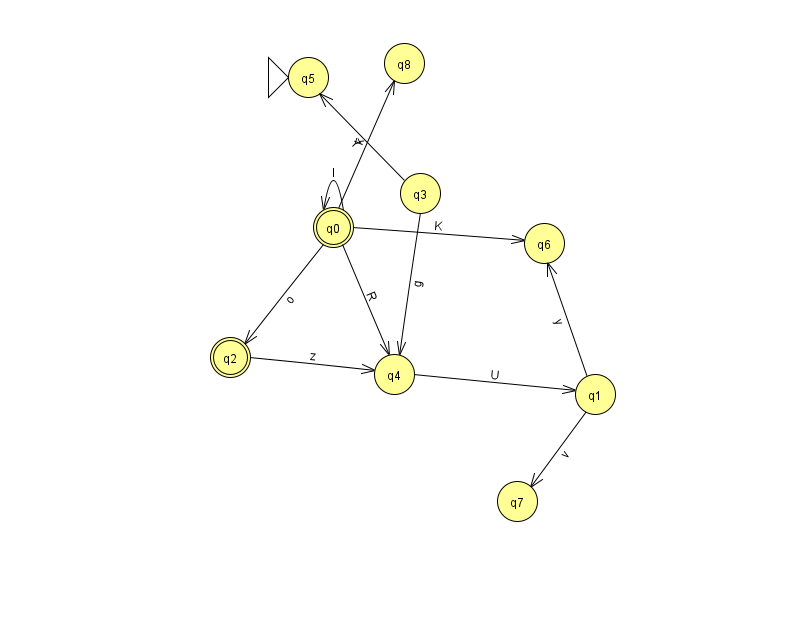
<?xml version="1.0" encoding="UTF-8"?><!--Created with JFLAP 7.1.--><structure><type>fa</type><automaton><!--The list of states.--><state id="0" name="q0"><x>333.0</x><y>214.0</y><final/></state><state id="1" name="q1"><x>595.0</x><y>381.0</y></state><state id="2" name="q2"><x>230.0</x><y>344.0</y><final/></state><state id="3" name="q3"><x>420.0</x><y>180.0</y></state><state id="4" name="q4"><x>394.0</x><y>361.0</y></state><state id="5" name="q5"><x>308.0</x><y>64.0</y><initial/></state><state id="6" name="q6"><x>544.0</x><y>230.0</y></state><state id="7" name="q7"><x>517.0</x><y>488.0</y></state><state id="8" name="q8"><x>404.0</x><y>50.0</y></state><!--The list of transitions.--><transition><from>0</from><to>2</to><read>o</read></transition><transition><from>4</from><to>1</to><read>U</read></transition><transition><from>0</from><to>4</to><read>R</read></transition><transition><from>0</from><to>8</to><read>k</read></transition><transition><from>2</from><to>4</to><read>z</read></transition><transition><from>3</from><to>5</to><read>Y</read></transition><transition><from>1</from><to>7</to><read>v</read></transition><transition><from>0</from><to>0</to><read>I</read></transition><transition><from>1</from><to>6</to><read>y</read></transition><transition><from>0</from><to>6</to><read>K</read></transition><transition><from>3</from><to>4</to><read>g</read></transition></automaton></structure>